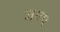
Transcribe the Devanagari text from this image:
जयप